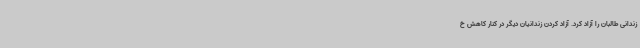
زندانی طالبان را آزاد کرد. آزاد کردن زندانیان دیگر در کنار کاهش خ